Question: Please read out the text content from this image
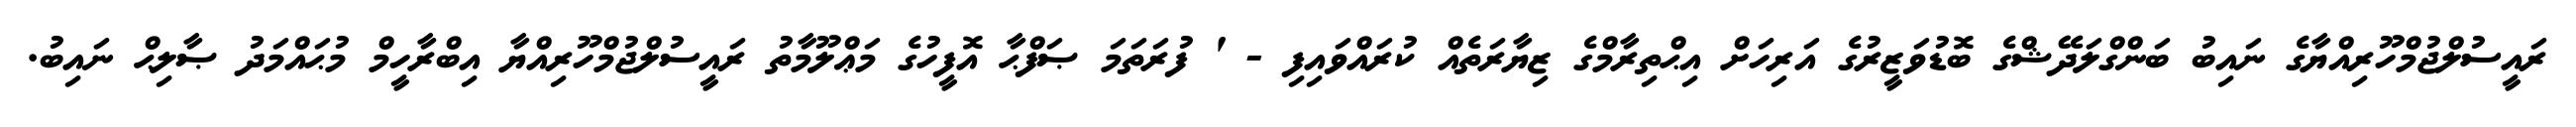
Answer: ރައީސުލްޖުމްހޫރިއްޔާގެ ނައިބު ބަންގްލަދޭޝްގެ ބޮޑުވަޒީރުގެ އަރިހަށް އިޙްތިރާމްގެ ޒިޔާރަތެއް ކުރައްވައިފި - ' ފުރަތަމަ ޞަފްޙާ އޮފީހުގެ މަޢްލޫމާތު ރައީސުލްޖުމްހޫރިއްޔާ އިބްރާހީމް މުޙައްމަދު ޞާލިޙް ނައިބު.